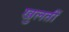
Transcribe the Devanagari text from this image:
खुलतीं